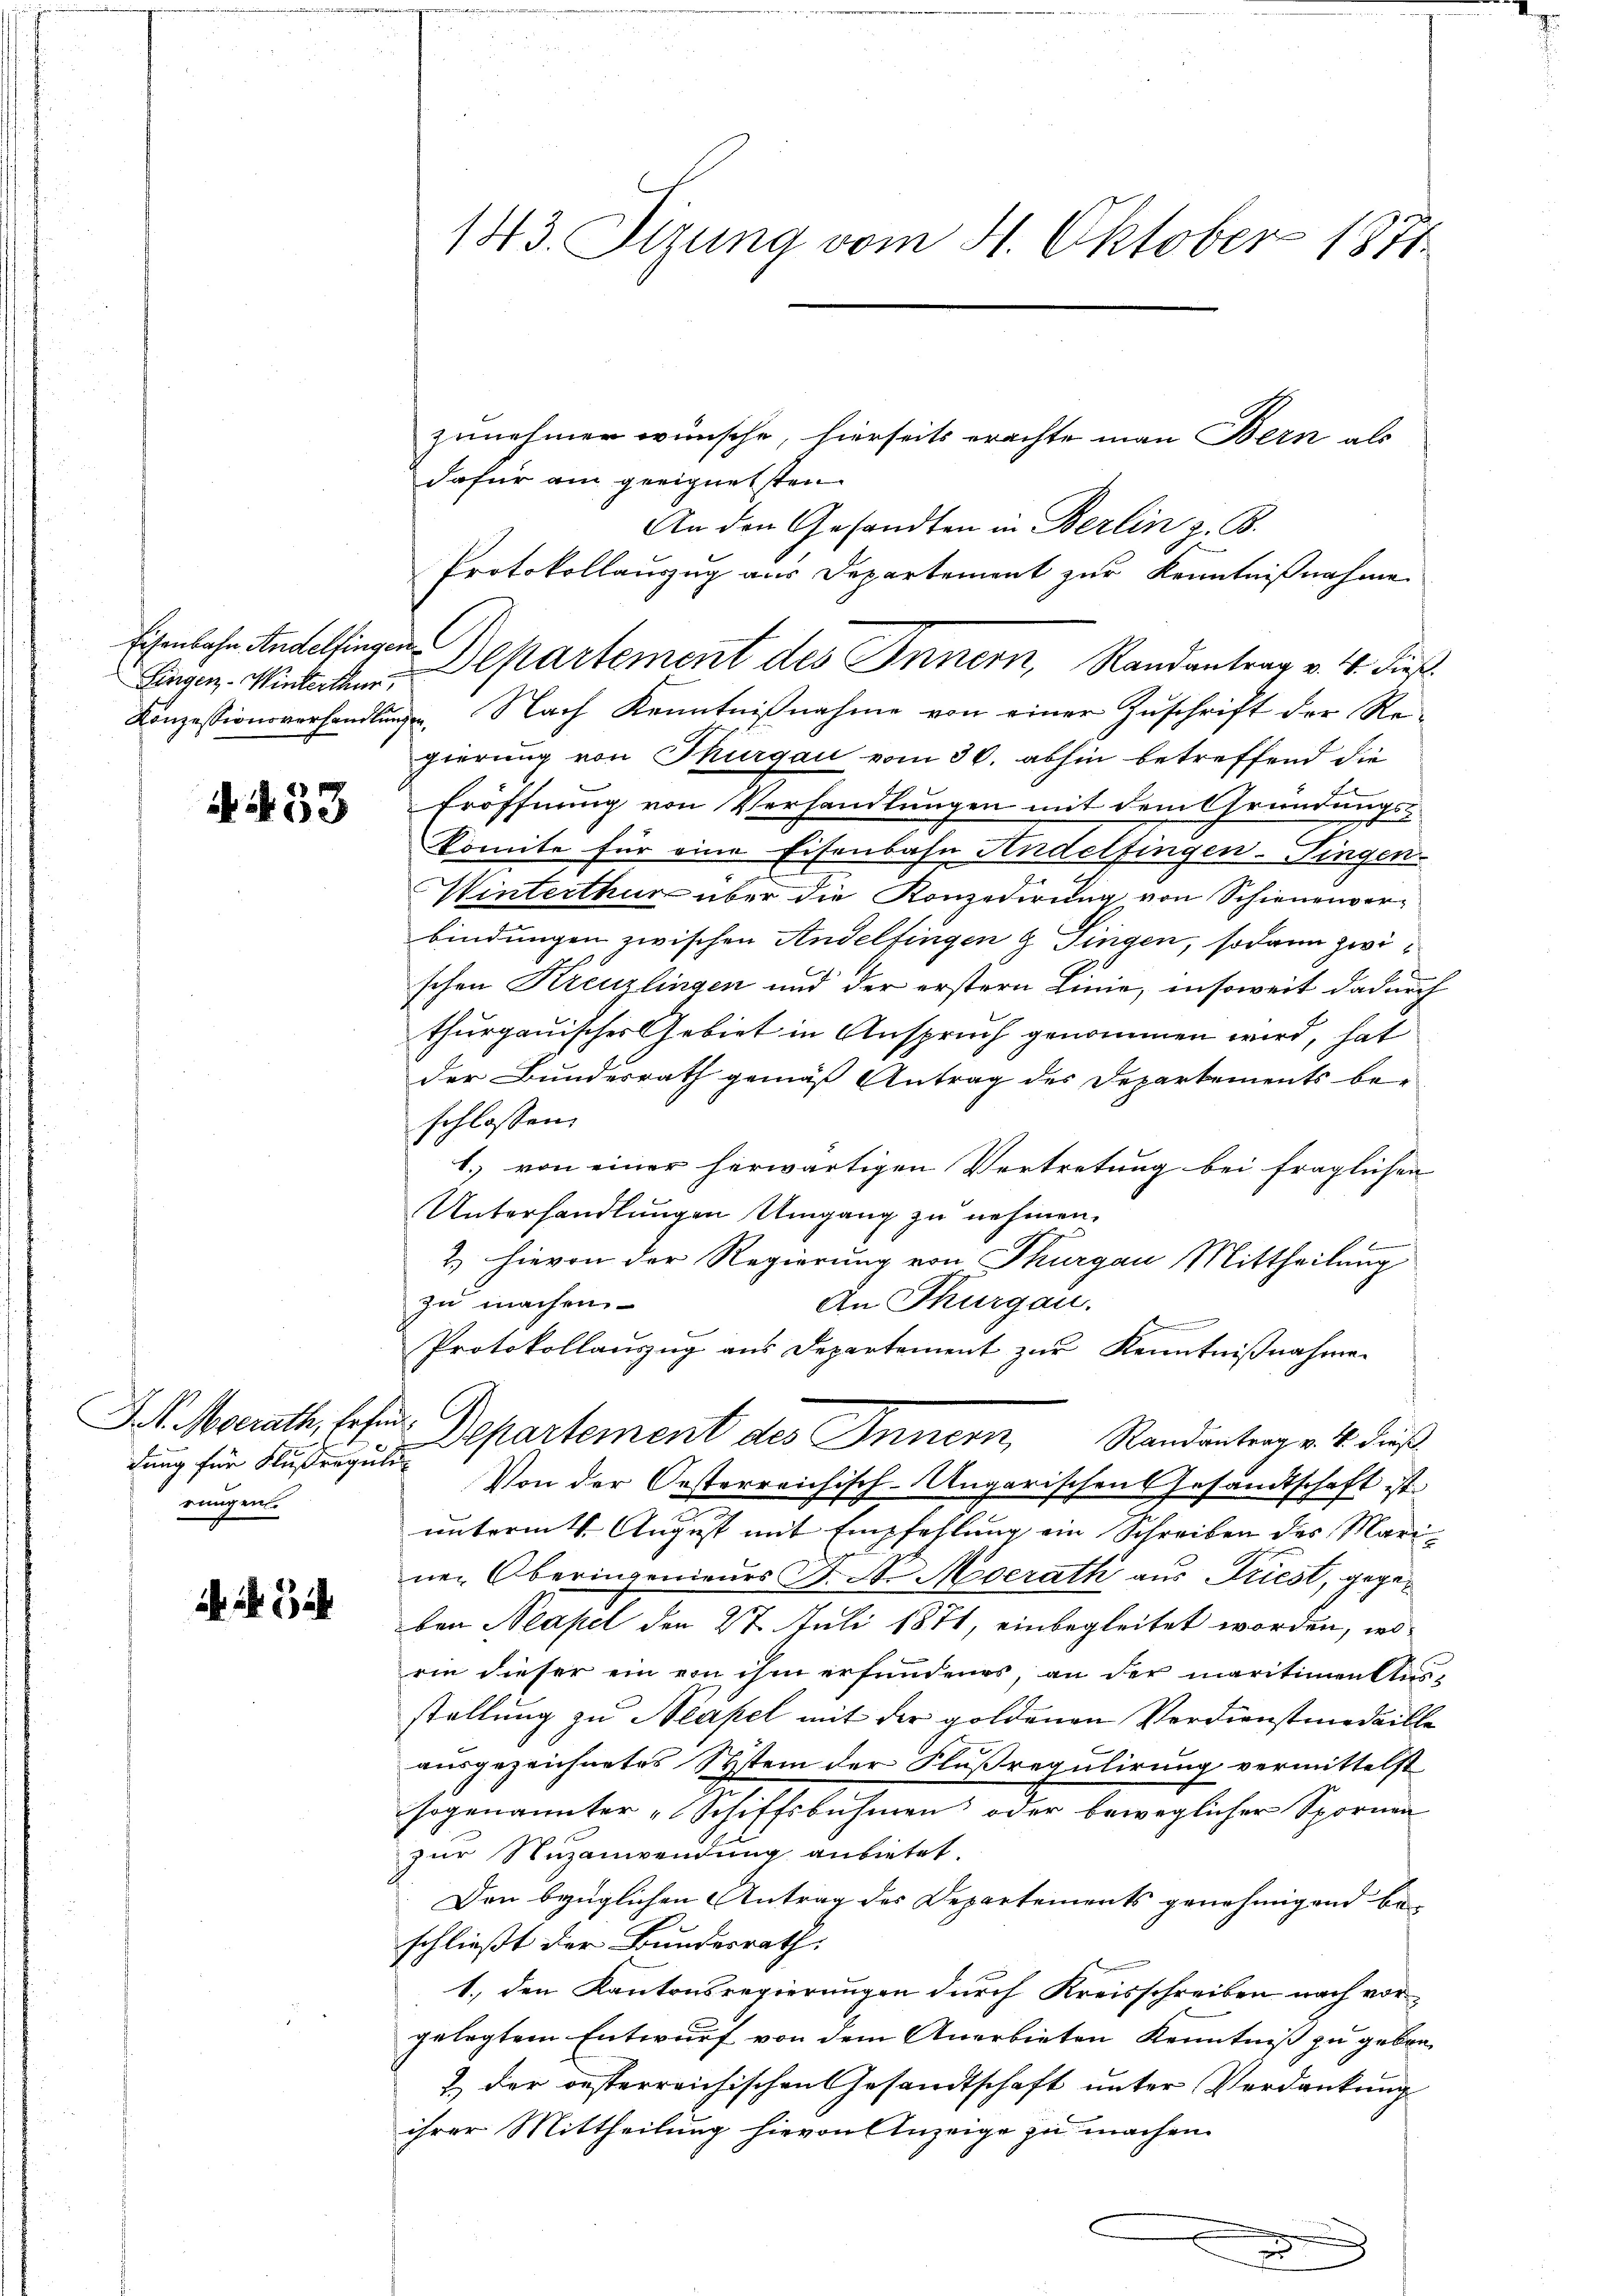
Fingen - Winterthur

A. R. 33

zunehmer wünsche, hierseits erachte man Bern als
dafür am geeignetsten
An den Gesandten in Berlin z. B.
Protokollauszug aus Departement zur Kenntnißnahme
Eisenbahr Andelfingen Dekartement des Innern, Randantrag v. 4. dieß.
Konzessionsverhandlŭngen. Nach Kenntniβnahme von einer Zŭschrift der Re-
gierung von Thurgau vom 30. abhin betreffend die
2
Eröffnung von Verhandlungen mit dem Gründungs-
komite für eine Eisenbahn Andelfingen-Pingen-
Winterthur über die Konzedirung von Schienenverbindungen zwischen Andelfingen & Fingen, sodann zwischen Kreuzlingen und der erstern Linie, insoweit dadurch
thurgauischer Gebiet in Anspruch genommen wird, hat
der Bundesrath gemäß Antrag des Departements be-
schlossen.
1.) von einer herwärtigen Vertretung bei fraglichen
Unterhandlungen Umgang zu nehmen.
2. hievon der Regierung von Thurgau Mittheilung
zu machen.
An Thurgau.
E
Protokollauszug aus Departement zur Kenntnißnahmen
S. Morath, sehen Departement des Innern, Randantrag v. 14. dieß
Von der Oesterreichisch-Ungarischen Gesandtschaft ist.
unterm 4. August mit Empfehlung ein Schreiben des Mariner Oberingenieurs F. N. Moerath aus Friest, gegeben Neapel den 27. Juli 1871, einbegleitet worden, ins
rin dieser ein von ihm erfundenes, an der maritimentlas-
stellung zu Neapel mit der goldenen Verdienstmedaille
ausgezeichnetes System der Flußregulirung vermittelst
cht
sogenannter „Schiffsbuhmen oder beweglicher Spornen
zur Nuzanwendung anbietet.
Den bezüglichen Antrag des Departements genehmigend beschließt der Bundesrath:
1.) den Kantonsregierungen durch Kreisschreiben nach vorgelegtem Entwurf von dem Anerbieten Kenntniß zu geben,
& der oesterreichischen Gesandtschaft unter Verdankung
ihrer Mittheilung hievon Anzeige zu machen.

dung für Flussreguli
rungen.

Nr. 24

143. Itzung vom 4. Oktober 1871.

u